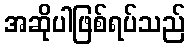
အဆိုပါဖြစ်ရပ်သည်